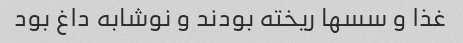
غذا و سسها ریخته بودند و نوشابه داغ بود